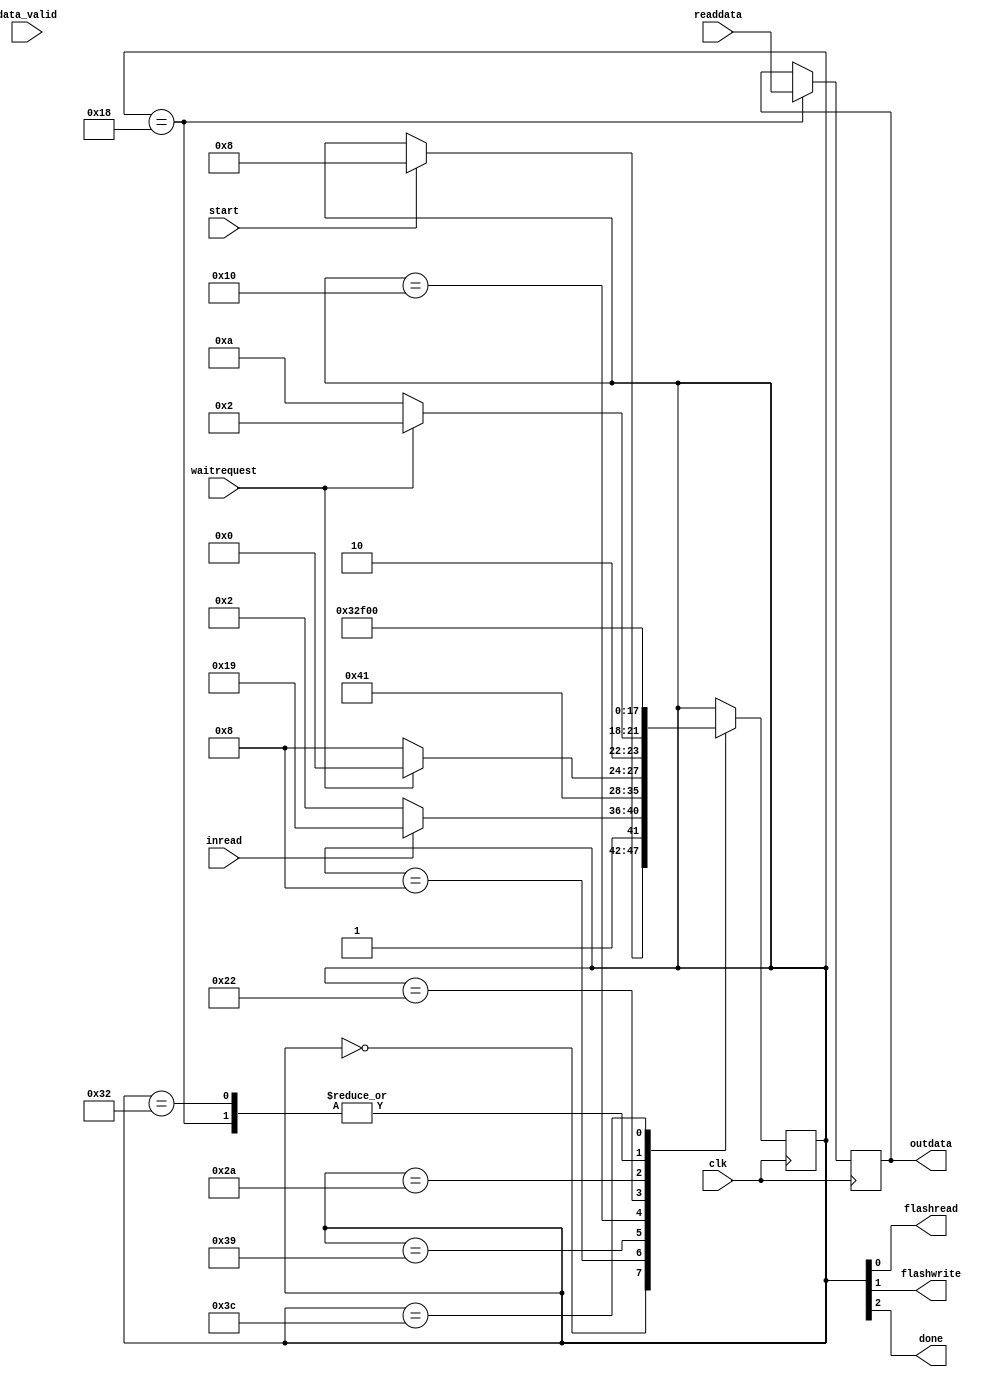
module mem_control_fsm(clk, start, inread, waitrequest, readdata, flashread, flashwrite, done, outdata, data_valid);
	
	input clk, start, inread, waitrequest, data_valid;
	input [31:0] readdata;
	
	output flashread, flashwrite, done;
	output reg [31:0] outdata;
	
	
	reg [5:0] state = idle;
	
	parameter idle = 		6'b000_000;
	parameter checkop = 		6'b001_000;
	parameter qread = 		6'b010_000;
	parameter read = 		6'b011_000;
	parameter qwrite = 		6'b100_010;
	parameter waitwrite = 		6'b101_010;
	parameter write = 		6'b110_010;
	parameter finished = 		6'b111_100;
	parameter wait_   =     	6'b111_001;
	
	assign flashread = state[0];
	assign flashwrite = state[1];
	assign done = state[2];
	
	
	always @(posedge clk) begin
		case(state)
			idle: 	if(start) 
						state <= checkop;
			checkop: if(inread)
						state <= wait_;
						else
						state <= qwrite;
			wait_ : state <= qread;			
					
			qread: 	if(waitrequest)
						state <= qread;
						else
						state <= read;
						
			read: begin
					state <= finished;
					outdata <= readdata;
				end
			
			qwrite: if(waitrequest)
						state <= qwrite;
						else
						state <= waitwrite;
						
			waitwrite: 	state <= write;
			
			write:		state <= finished;
			
			finished:	state <= idle;
		
		endcase
	end

endmodule